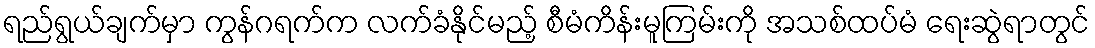
ရည်ရွယ်ချက်မှာ ကွန်ဂရက်က လက်ခံနိုင်မည့် စီမံကိန်းမူကြမ်းကို အသစ်ထပ်မံ ရေးဆွဲရာတွင်